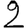
Digit: 2